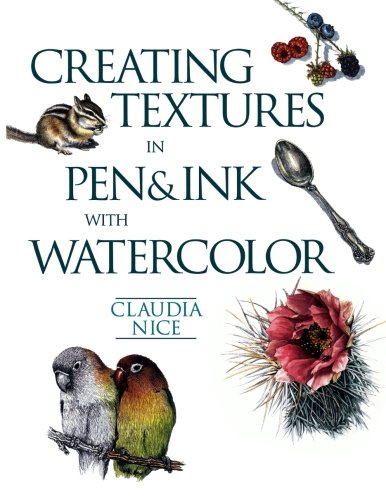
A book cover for Creating Textures in Pen & Ink with Watercolor; Claudia Nice; Arts & Photography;